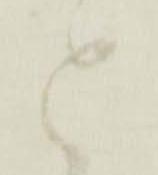
と